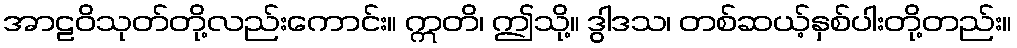
အာဠဝိသုတ်တို့လည်းကောင်း။ ဣတိ၊ ဤသို့။ ဒွါဒသ၊ တစ်ဆယ့်နှစ်ပါးတို့တည်း။